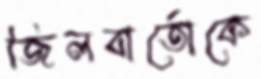
জিলবার্তোকে